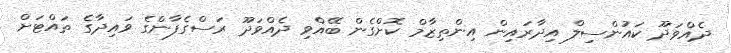
ދެއްވަދޫ ކައުންސިލް އިދާރައިން އިންތިޒާމް ކޮށްގެން ބޭއްވި ދެއްވަދޫ ރަސްގެފާންގެ ވައިދާގެ ތައްޓަށް